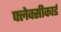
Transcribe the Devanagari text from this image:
फ्लेक्सीकार्ड